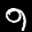
Digit: 9